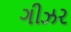
ગીઝર